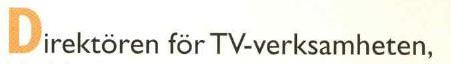
Direktören för TV-verksamheten,